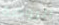
الروضة